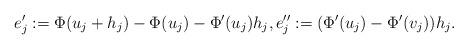
LaTeX: \begin{align*} e_j' := \Phi(u_j + h_j) - \Phi(u_j) - \Phi'(u_j) h_j , e_j'' := (\Phi'(u_j) - \Phi'(v_j)) h_j.\end{align*}